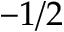
- 1 / 2